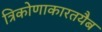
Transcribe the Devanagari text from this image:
त्रिकोणाकारतयैब